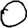
Digit: 0